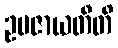
ဥပဇာယတီတိ